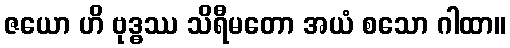
ဇယော ဟိ ဗုဒ္ဓဿ သိရီမတော အယံ စသော ဂါထာ။